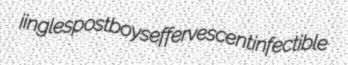
jingles postboys effervescent infectible